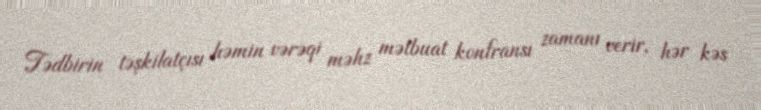
Tədbirin təşkilatçısı həmin vərəqi məhz mətbuat konfransı zamanı verir, hər kəs